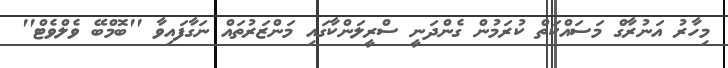
މިހާރު އަނުރާގް މަސައްކަތް ކުރަމުން ގެންދަނީ ސްރީލަންކާގައި މަންޒަރުތައް ނަގާފައިވާ ''ބޮމްބޭ ވެލްވެޓް''